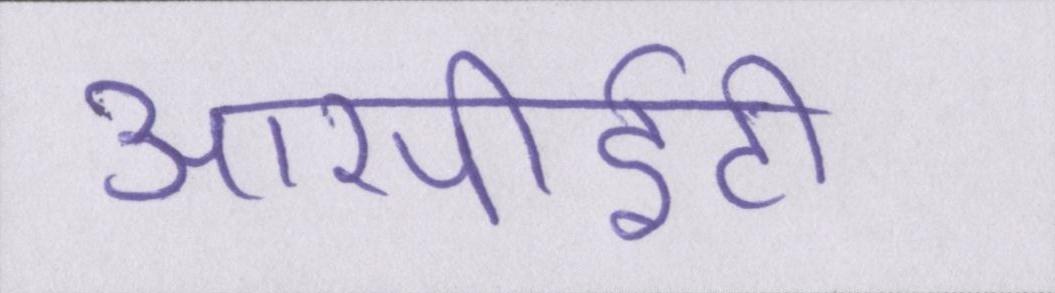
आरपीईटी